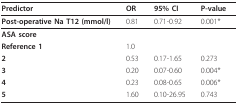
<table><thead><tr><td><b>Predictor</b></td><td><b>OR</b></td><td><b>95% CI</b></td><td><b>P-value</b></td></tr></thead><tbody><tr><td><b>Post-operative Na T12 (mmol/l)</b></td><td>0.81</td><td>0.71-0.92</td><td>0.001*</td></tr><tr><td><b>ASA score</b></td><td></td><td></td><td></td></tr><tr><td><b>Reference 1</b></td><td>1.0</td><td></td><td></td></tr><tr><td><b>2</b></td><td>0.53</td><td>0.17-1.65</td><td>0.273</td></tr><tr><td><b>3</b></td><td>0.20</td><td>0.07-0.60</td><td>0.004*</td></tr><tr><td><b>4</b></td><td>0.23</td><td>0.08-0.65</td><td>0.006*</td></tr><tr><td><b>5</b></td><td>1.60</td><td>0.10-26.95</td><td>0.743</td></tr></tbody></table>